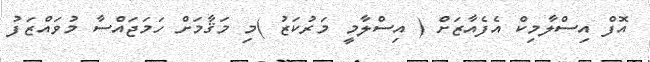
އޮފް އިސްލާމިކް އެފެއާޒަށް ( އިސްލާމީ މަރުކަޒު )މި މަޤާމަށް ހަމަޖައްސާ މުވައްޒަފު